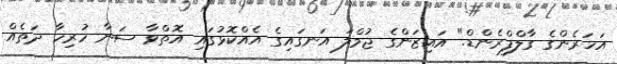
އަހަރެންގެ ގާލްފްރެންޑް." އައިޒަންގެ ޖުމްލަ އަނގައިގެ އެއްކޮޅުގައި އޮތްވާ ސަނާ ހުރިހާ ދަތެއް